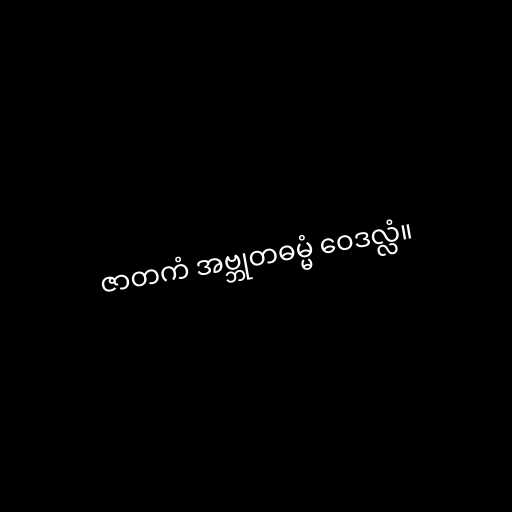
ဇာတကံ အဗ္ဘုတဓမ္မံ ဝေဒလ္လံ။